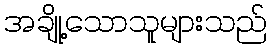
အချို့သောသူများသည်